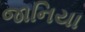
જાનિયા